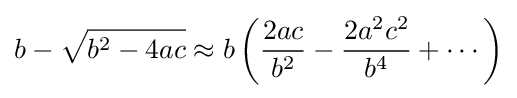
b-{\sqrt {b^{2}-4ac}}\approx b\left({\frac {2ac}{b^{2}}}-{\frac {2a^{2}c^{2}}{b^{4}}}+\cdots \right)